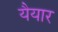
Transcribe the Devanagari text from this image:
यैयार